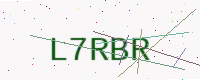
Text: L7RBR